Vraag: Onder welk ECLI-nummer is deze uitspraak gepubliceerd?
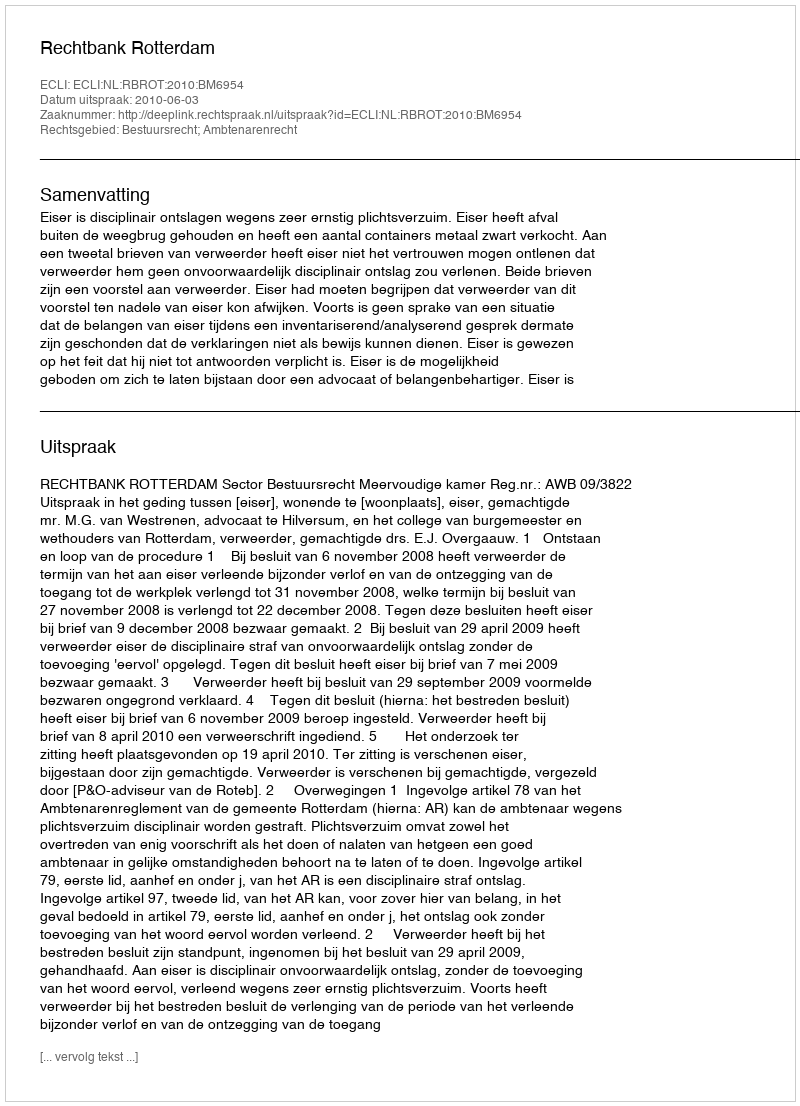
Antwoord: ECLI:NL:RBROT:2010:BM6954